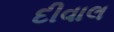
દીવાલ